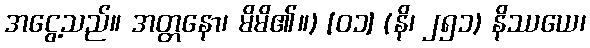
အငွေ့သည်။ အတ္တနော၊ မိမိ၏။) [၀၁] (နိ၊ ၂၅၁) နိဿယေ၊